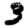
Digit: 3